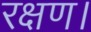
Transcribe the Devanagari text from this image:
रक्षण।